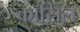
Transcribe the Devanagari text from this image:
कॉसिंल